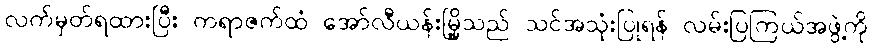
လက်မှတ်ရထားပြီး ကရာဇက်ထံ အော်လီယန်းမြို့သည် သင်အသုံးပြုရန် လမ်းပြကြယ်အဖွဲ့ကို